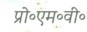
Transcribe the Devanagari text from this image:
प्रो॰एम॰वी॰